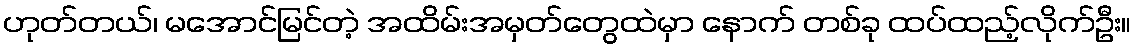
ဟုတ်တယ်၊ မအောင်မြင်တဲ့ အထိမ်းအမှတ်တွေထဲမှာ နောက် တစ်ခု ထပ်ထည့်လိုက်ဦး။